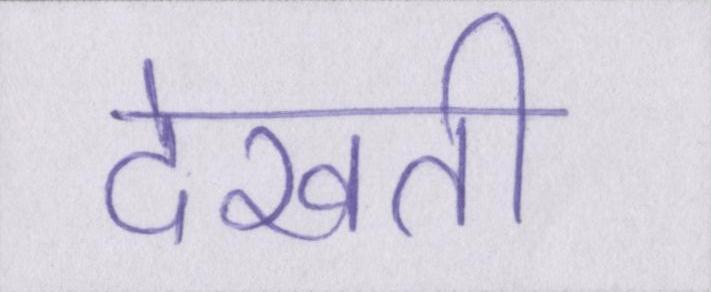
देखती